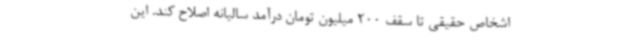
اشخاص حقیقی تا سقف 200 میلیون تومان درآمد سالیانه اصلاح کند. این